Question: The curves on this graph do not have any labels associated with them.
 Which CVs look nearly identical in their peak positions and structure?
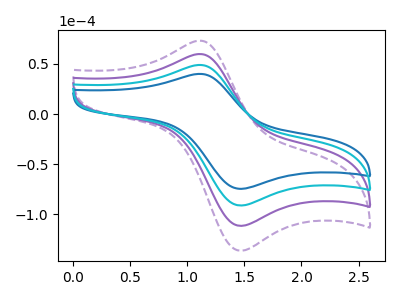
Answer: <think>The purple dashed curve "purple dashed" has an anodic peak at (1.10V, 146.75uA) and a cathodic peak at (1.45V, -273.15uA). The purple curve "purple" has an anodic peak at (1.10V, 97.85uA) and a cathodic peak at (1.45V, -182.10uA). The blue curve "blue" has an anodic peak at (1.10V, 40.00uA) and a cathodic peak at (1.45V, -74.45uA). The cyan curve "cyan" has an anodic peak at (1.10V, 48.90uA) and a cathodic peak at (1.45V, -91.05uA).
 All the peaks in "purple dashed" have a peak in "purple" at the same potential. Every peak in "purple dashed" is higher than every peak in "purple". All the peaks in "purple dashed" have a peak in "blue" at the same potential. Every peak in "purple dashed" is higher than every peak in "blue". All the peaks in "purple dashed" have a peak in "cyan" at the same potential. Every peak in "purple dashed" is higher than every peak in "cyan". All the peaks in "purple" have a peak in "blue" at the same potential. Every peak in "purple" is higher than every peak in "blue". All the peaks in "purple" have a peak in "cyan" at the same potential. Every peak in "purple" is higher than every peak in "cyan". All the peaks in "blue" have a peak in "cyan" at the same potential. Every peak in "blue" is lower than every peak in "cyan".</think>
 <answer>"blue", "purple dashed", "purple" and "cyan" have the same shape and are likely CV's of the same chemical.</answer>
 <eval>"blue" "purple dashed" "purple" "cyan"</eval>